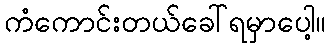
ကံကောင်းတယ်ခေါ်ရမှာပေါ့။